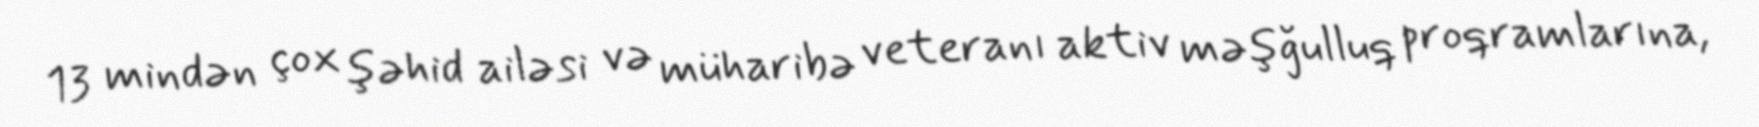
13 mindən çox şəhid ailəsi və müharibə veteranı aktiv məşğulluq proqramlarına,